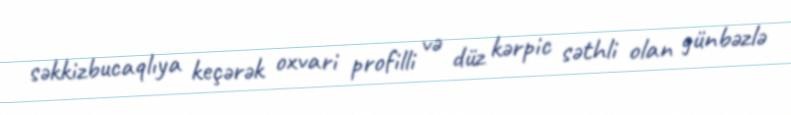
səkkizbucaqlıya keçərək oxvari profilli və düz kərpic səthli olan günbəzlə